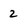
Character: 2